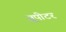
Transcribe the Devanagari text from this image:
जूपीटर